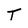
Character: T